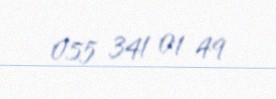
055 341 01 49